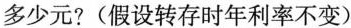
多少元?(假设转存时年利率不变)